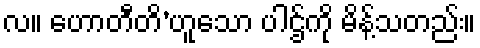
လ။ ဟောတီတိ’ဟူသော ပါဌ်ကို မိန့်သတည်း။